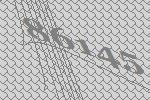
86145